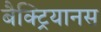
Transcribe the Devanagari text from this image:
बैक्ट्रियानस